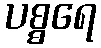
ပစ္စရေ